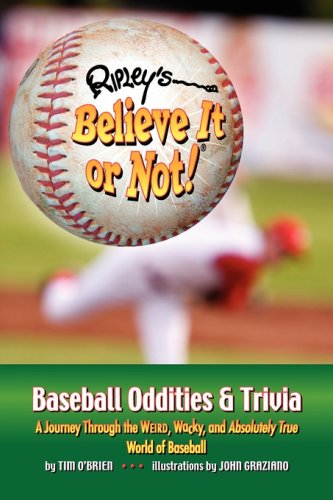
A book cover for Ripley's Believe It or Not! Baseball Oddities & Trivia; Tim O'Brien; Travel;